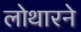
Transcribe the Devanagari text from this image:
लोथारने